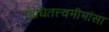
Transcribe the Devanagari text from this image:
विधितत्त्वमीमांसा